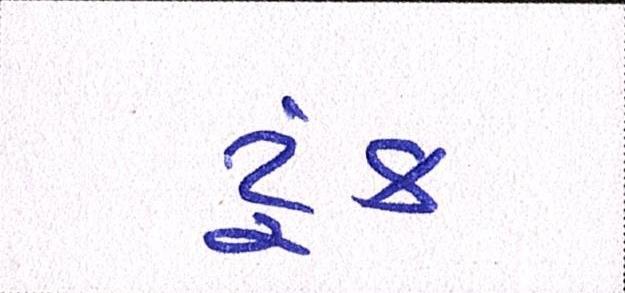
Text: ટૂંક